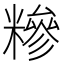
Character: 糝